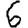
Digit: 6